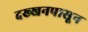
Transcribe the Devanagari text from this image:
दख्खनपासून